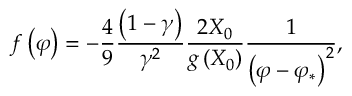
f \left( \varphi \right) = - \frac { 4 } { 9 } \frac { \left( 1 - \gamma \right) } { \gamma ^ { 2 } } \frac { 2 X _ { 0 } } { g \left( X _ { 0 } \right) } \frac { 1 } { \left( \varphi - \varphi _ { * } \right) ^ { 2 } } ,